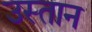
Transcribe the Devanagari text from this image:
उस्तान